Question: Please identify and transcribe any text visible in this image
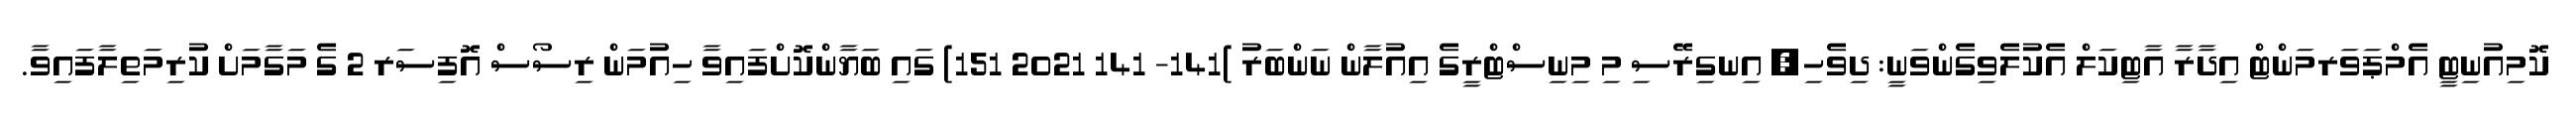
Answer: ކޮމިއުނިޓީ އެމްޕަވަރމަންޓް އިދާރާ އާޓިކަލް އެކުލެވިގެންވަނީ: ދިވެހި, އިނގިރޭސި މި މިނިސްޓްރީގެ އިއުލާން ނަންބަރު )141- 141 2021 151) ގައި ބަޔާންކޮށްފައިވާ ހިއުމަން ރިސޯސް އޮފިސަރ 2 ގެ މަގާމަށް ކުރިމަތިލާފައިވާ.